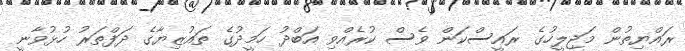
ރައްޔިތުން މަޖިލީހުގެ ރައީސްކަން ވެސް ކުރެއްވި އަބްދު ހަމީދުގެ ތައުޒިޔާގެ ދަފްތަރު ހުޅުވާނީ